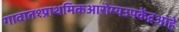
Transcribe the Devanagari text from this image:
गावात१प्राथमिकआरोग्यउपकेंद्रआहे